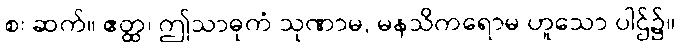
စ၊ ဆက်။ ဧတ္ထ၊ ဤသာဓုကံ သုဏာမ, မနသိကရောမ ဟူသော ပါဌ်၌။